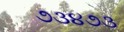
૭૩૪૭૩